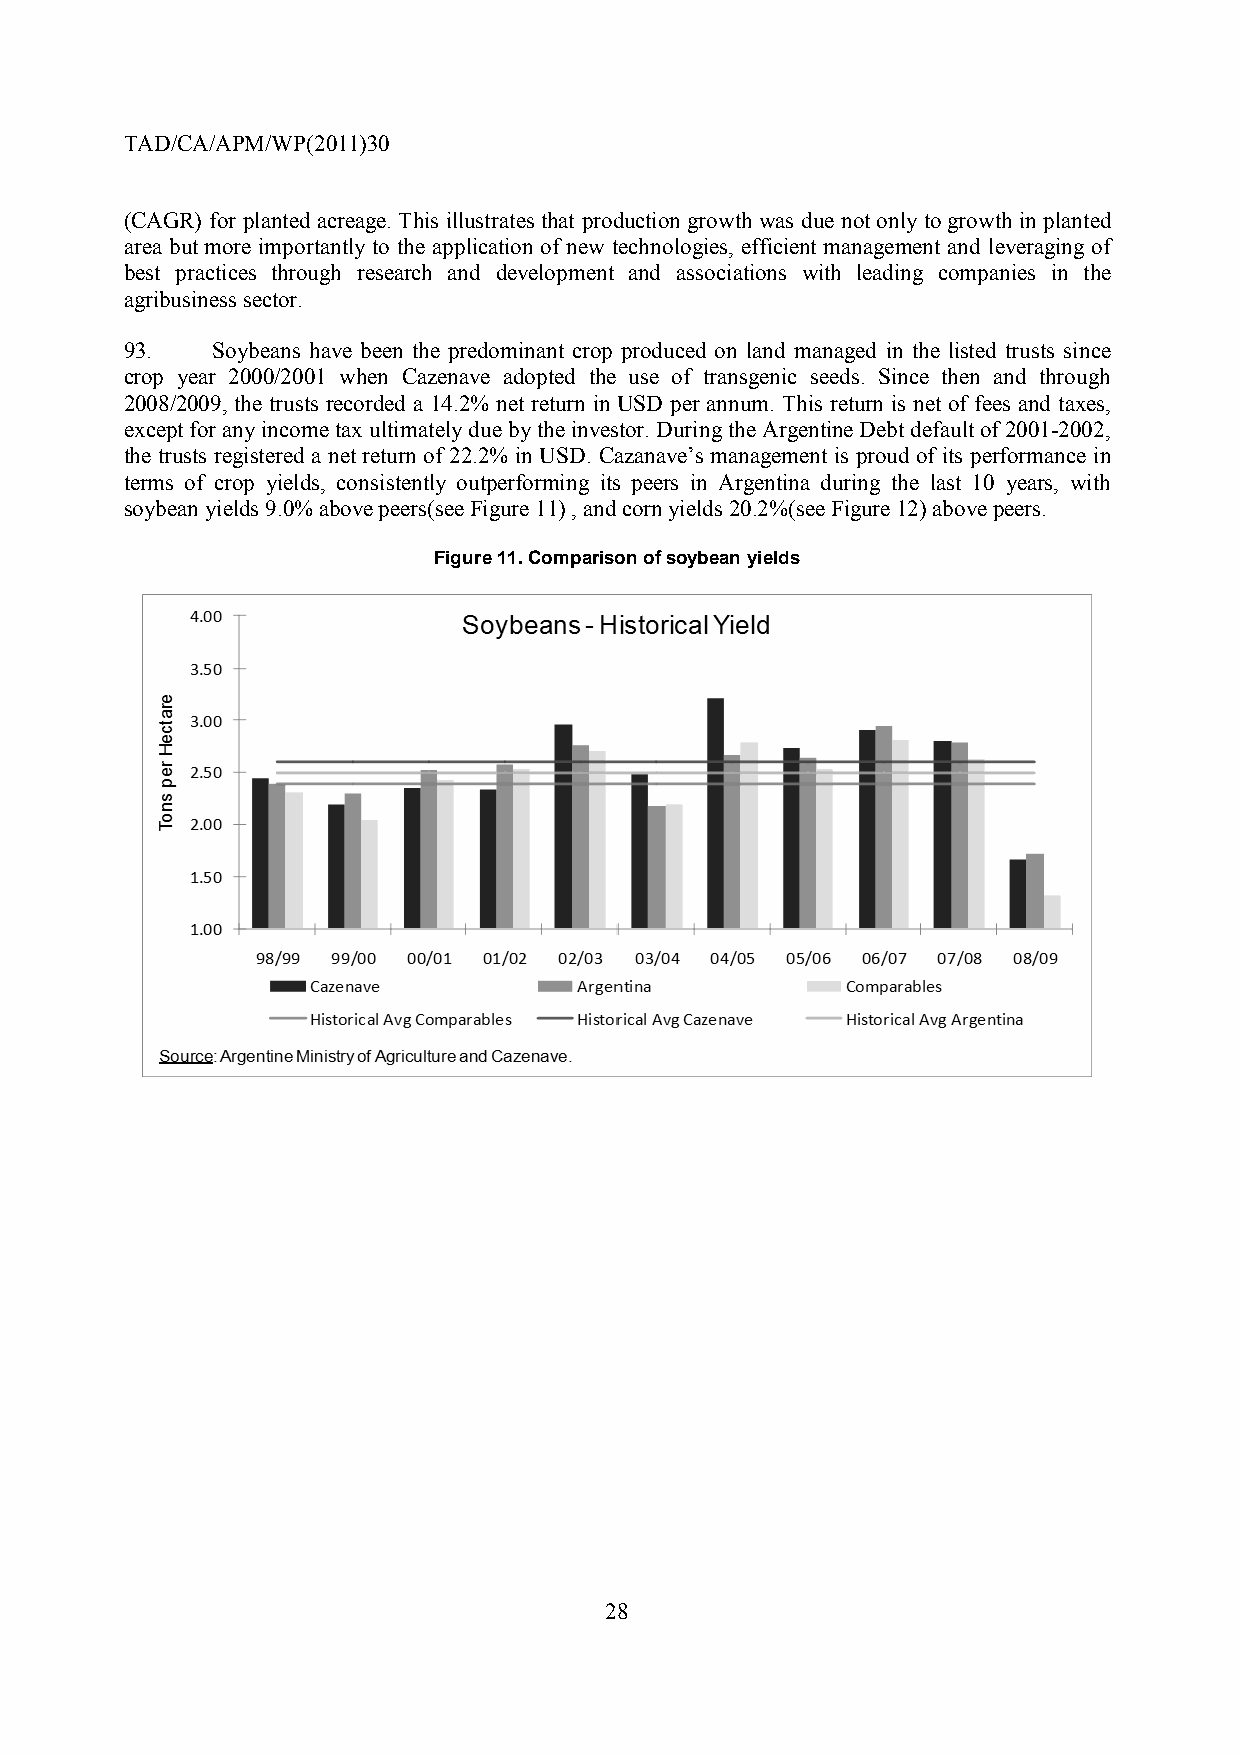
TAD/CA/APM/WP(2011)30
 (CAGR) for planted acreage. This illustrates that production growth was due not only to growth in planted
 area but more importantly to the application of new technologies, efficient management and leveraging of
 best practices through research and development and associations with leading companies in the
 agribusiness sector.
 93.   Soybeans have been the predominant crop produced on land managed in the listed trusts since
 crop year 2000/2001 when Cazenave adopted the use of transgenic seeds. Since then and through
 2008/2009, the trusts recorded a 14.2% net return in USD per annum. This return is net of fees and taxes,
 except for any income tax ultimately due by the investor. During the Argentine Debt default of 2001-2002,
 the trusts registered a net return of 22.2% in USD. Cazanave’s management is proud of its performance in
 terms of crop yields, consistently outperforming its peers in Argentina during the last 10 years, with
 soybean yields 9.0% above peers(see Figure 11) , and corn yields 20.2%(see Figure 12) above peers.
 Figure 11. Comparison of soybean yields
 28